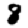
Digit: 8